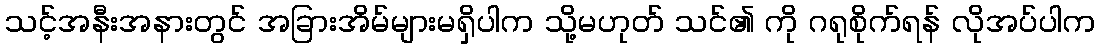
သင့်အနီးအနားတွင် အခြားအိမ်များမရှိပါက သို့မဟုတ် သင်၏ ကို ဂရုစိုက်ရန် လိုအပ်ပါက